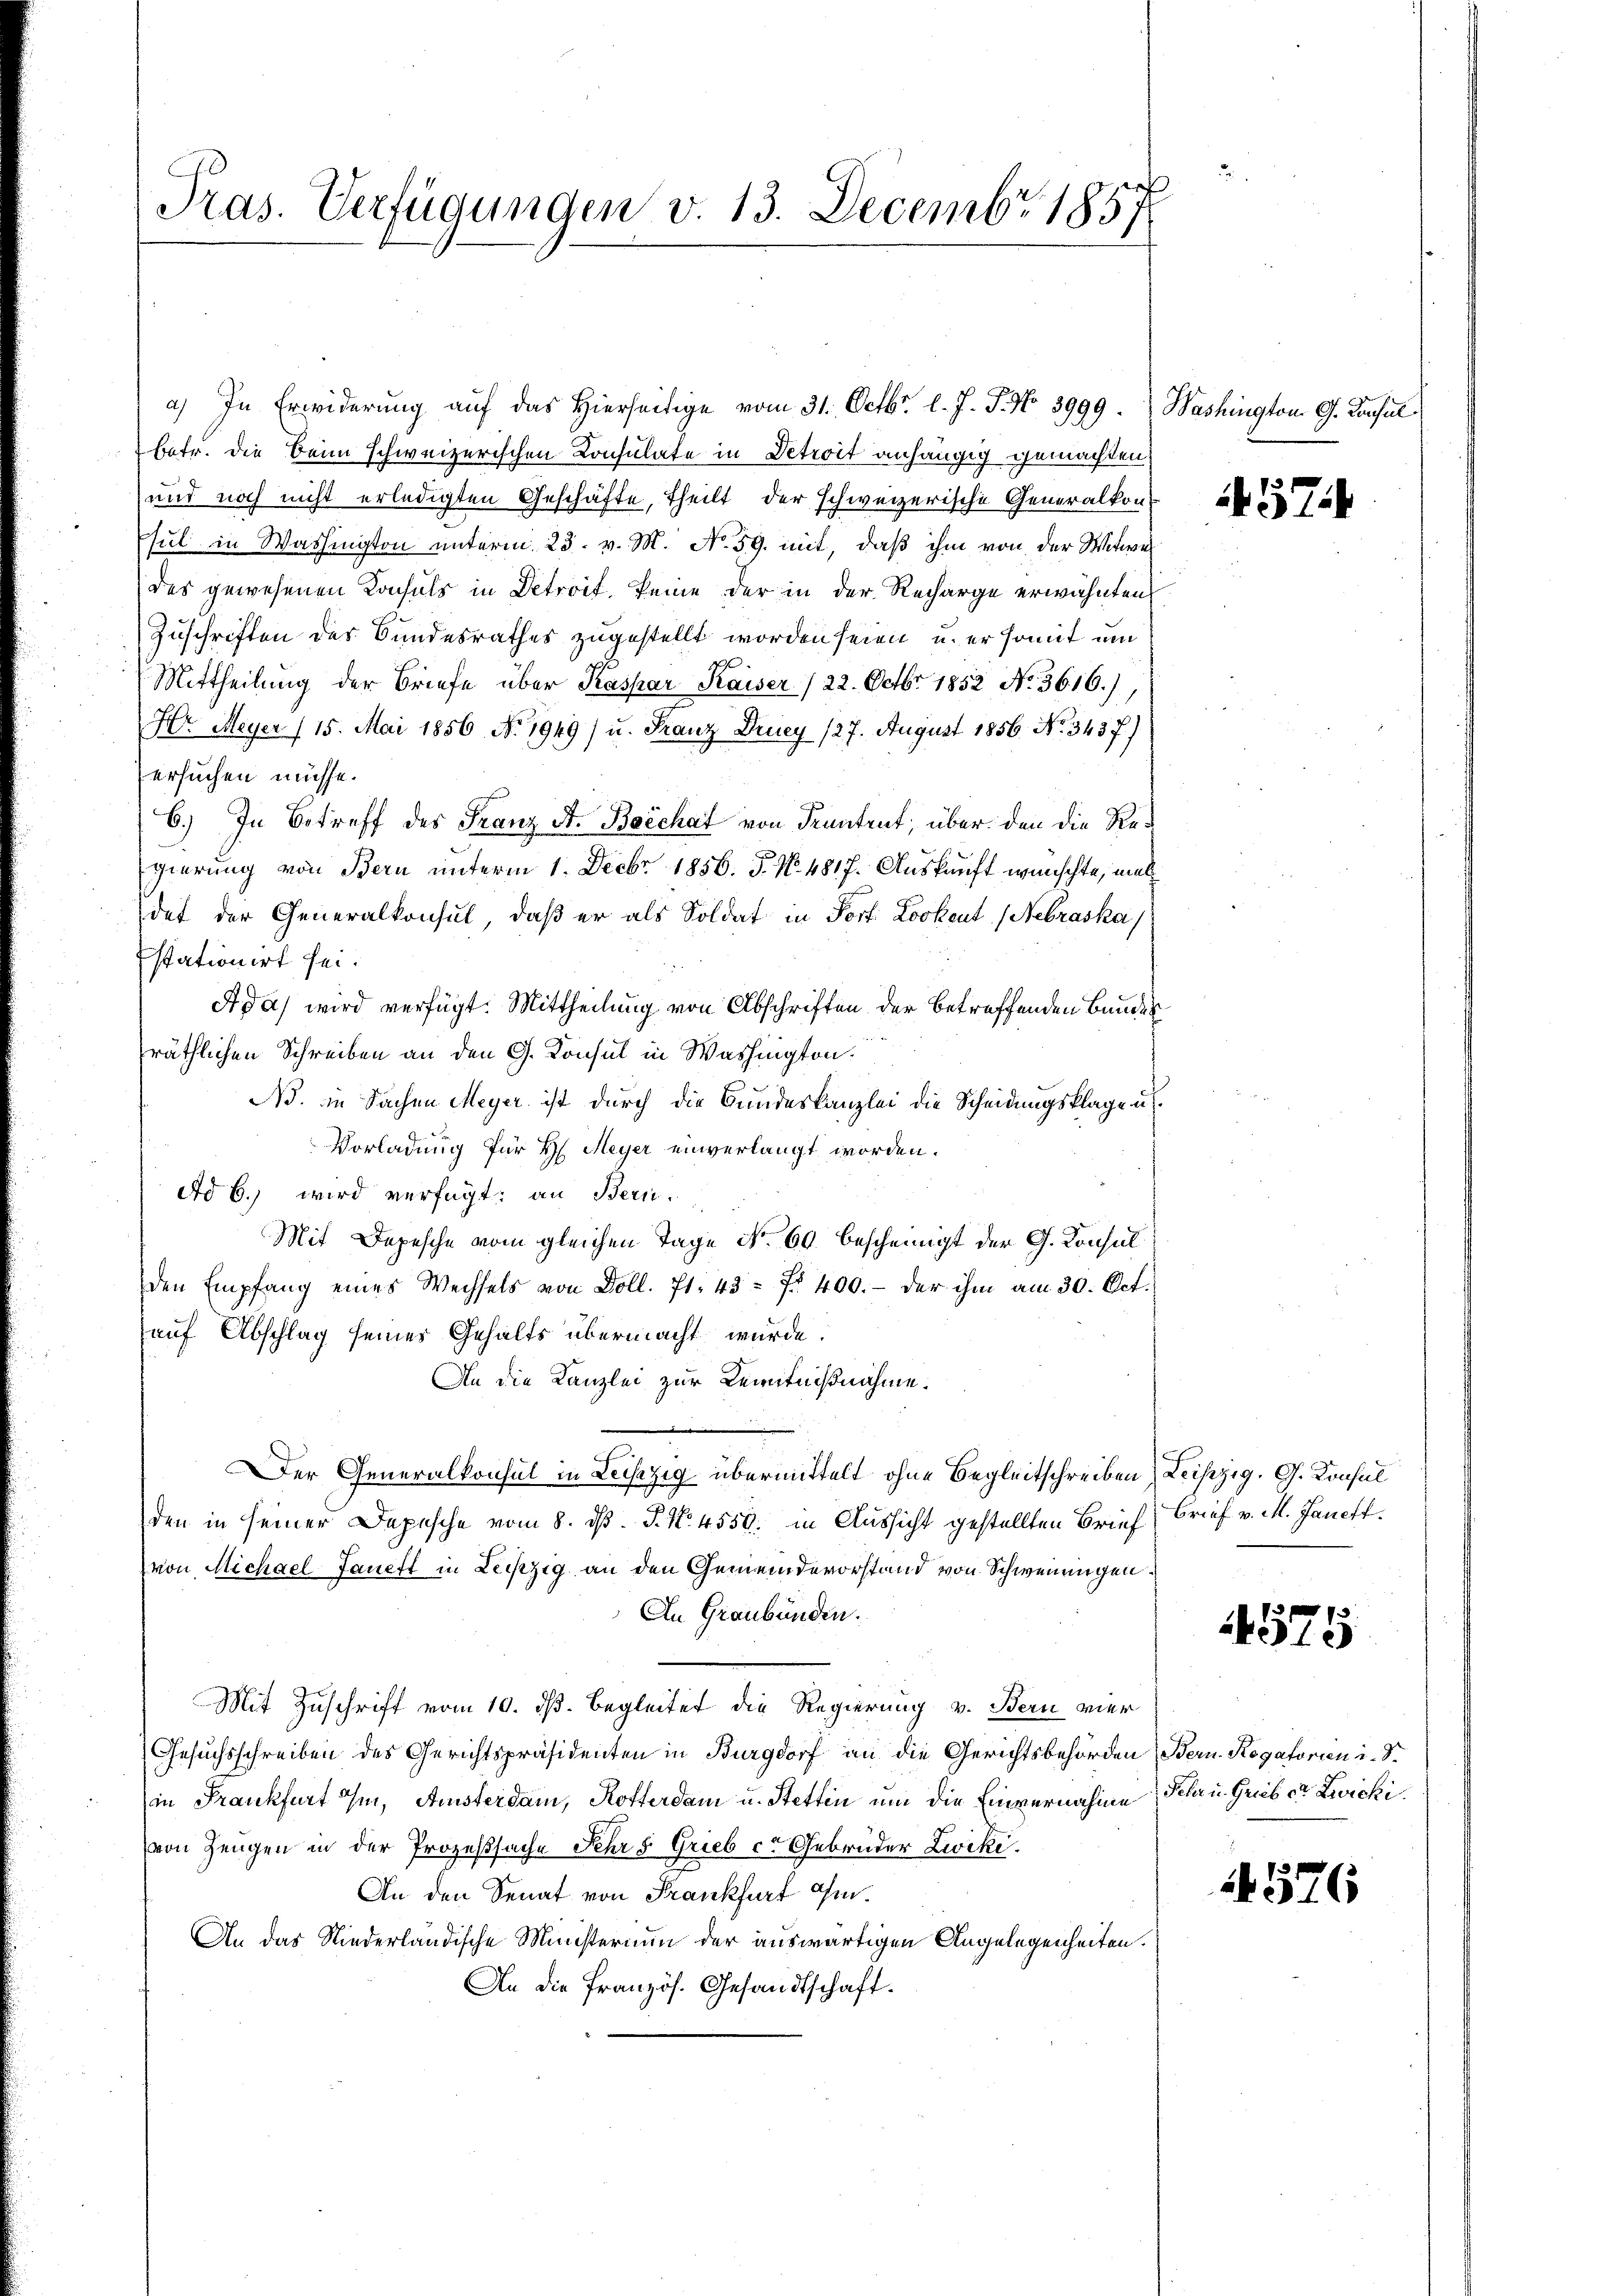
Pras. Verfügungen v. 13. Decembr 1857

a) In Erwiderung auf das hierseitige vom 31. Octbr. l. J. J. No 3999.) Washington G. Consul
betr. die Beim schweizerischen Consulate in Detroit anhängig gemachten
und noch nicht erledigten Geschäfte, theilt der schweizerische Generalkonsul in Washington unterm 23. v. M. No. 59. mit, daß ihm von der Witwe
des gewesenen Konsuls in Detroit, keine der in der Recharge erwähnten
Zuschriften des Bundesrathes zugestellt worden seien, u. er somit um
Mittheilung der Briefe über Kaspar Kaiser /22. Octbr. 1852 No 3616.)
Hr. Meyer (15. Mai 1856. No. 1949) u. Franz Druey 127. August 1856. No. 3437)
ersuchen müsse.
6.) In Betreff des Franz St. Bacchat von Frantent, über den die Regierung von Bern unterm 1. Decbr. 1856. 5. No. 4817. Auskunft wünschte, mal
det der Generalkonsul, daß er als Soldat in Port Lockent (Nebraska
stationirt sei.
Adas wird verfügt: Mittheilung von Abschriften der betreffenden Bundes
präthlichen Schreiben an den G. Konsul in Washington.
N. in Sachen Meyer ist durch die Bundeskanzlei die Scheidungsklage u.
Vorladung für H. Meyer einverlangt worden.
Ad b.) wird verfügt: an Bern.
Mit Depesche vom gleichen Tage No. 60. bescheinigt der G. Konsul
den Empfang eines Wechsels von Doll. 71. 43 f 400.- der ihm am 30. Oct.
auf Abschlag seines Gehalts übermacht würde.
An die Kanzlei zur Kenntnißnahme.
Der Generalkonsul in Lechzig übermittelt ohne Begleitschreiben Leipzig. G. Konsul
den in seiner Depesche vom 8. d. P. Nr. 4550. in Aussicht gestellten Brief, Brief v. M. Janett.
von Michael Janett in Leiszig an den Gemeindevorstand von Schweinungen.
An Graubünden.
Mit Zuschrift vom 10. dß. Begleitet die Regierung v. Bern vier
Gesuchsschreiben des Gerichtspräsidenten in Burgdorf an die Gerichtsbehörden Bern. Regatorien i. S.
(in Frankfurt Ihm, Amsterdam, Rotterdam u. Stettin um die Einvernahme Sehr u. Gruber Zwicki
von Zeugen in der Prozeßsache Sehr s. Grieb ct Gebrüder Zwiki.
An den Senat von Frankfurt ohn
An das Niederländische Ministerium der auswärtigen Angelegenheiten.
An die Französ. Gesandtschaft.

574

4575

4376